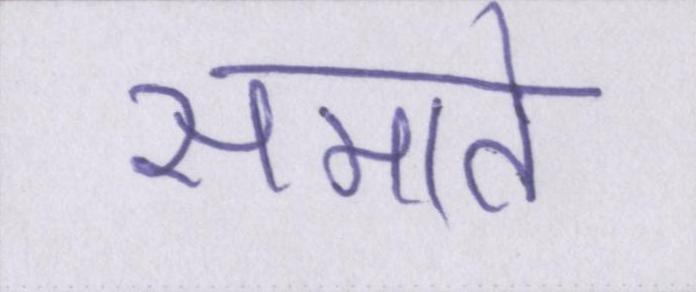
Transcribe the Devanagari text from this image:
समाते